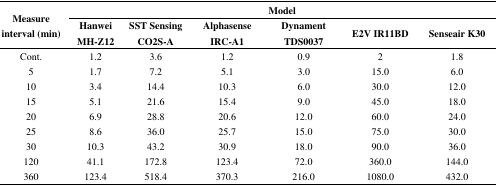
<table><thead><tr><td rowspan="3"><b>Measure interval (min)</b></td><td colspan="6"><b>Model</b></td></tr><tr><td><b>Hanwei MH-Z12</b></td><td><b>SST Sensing CO2S-A</b></td><td><b>Alphasense IRC-A1</b></td><td><b>Dynament TDS0037</b></td><td><b>E2V IR11BD</b></td><td><b>Senseair K30</b></td></tr></thead><tbody><tr><td>Cont.</td><td>1.2</td><td>3.6</td><td>1.2</td><td>0.9</td><td>2</td><td>1.8</td></tr><tr><td>5</td><td>1.7</td><td>7.2</td><td>5.1</td><td>3.0</td><td>15.0</td><td>6.0</td></tr><tr><td>10</td><td>3.4</td><td>14.4</td><td>10.3</td><td>6.0</td><td>30.0</td><td>12.0</td></tr><tr><td>15</td><td>5.1</td><td>21.6</td><td>15.4</td><td>9.0</td><td>45.0</td><td>18.0</td></tr><tr><td>20</td><td>6.9</td><td>28.8</td><td>20.6</td><td>12.0</td><td>60.0</td><td>24.0</td></tr><tr><td>25</td><td>8.6</td><td>36.0</td><td>25.7</td><td>15.0</td><td>75.0</td><td>30.0</td></tr><tr><td>30</td><td>10.3</td><td>43.2</td><td>30.9</td><td>18.0</td><td>90.0</td><td>36.0</td></tr><tr><td>120</td><td>41.1</td><td>172.8</td><td>123.4</td><td>72.0</td><td>360.0</td><td>144.0</td></tr><tr><td>360</td><td>123.4</td><td>518.4</td><td>370.3</td><td>216.0</td><td>1080.0</td><td>432.0</td></tr></tbody></table>